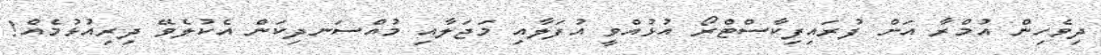
ދިވެހިން އުމްރާ އަށް ފުރައިފިކާސްޓްރޯ އުޅުއްވީ އުފަލާއި މަޖަލާއި މުއްސަނދިކަން އެކުލެވޭ ދިރިއުޅުމެއް!